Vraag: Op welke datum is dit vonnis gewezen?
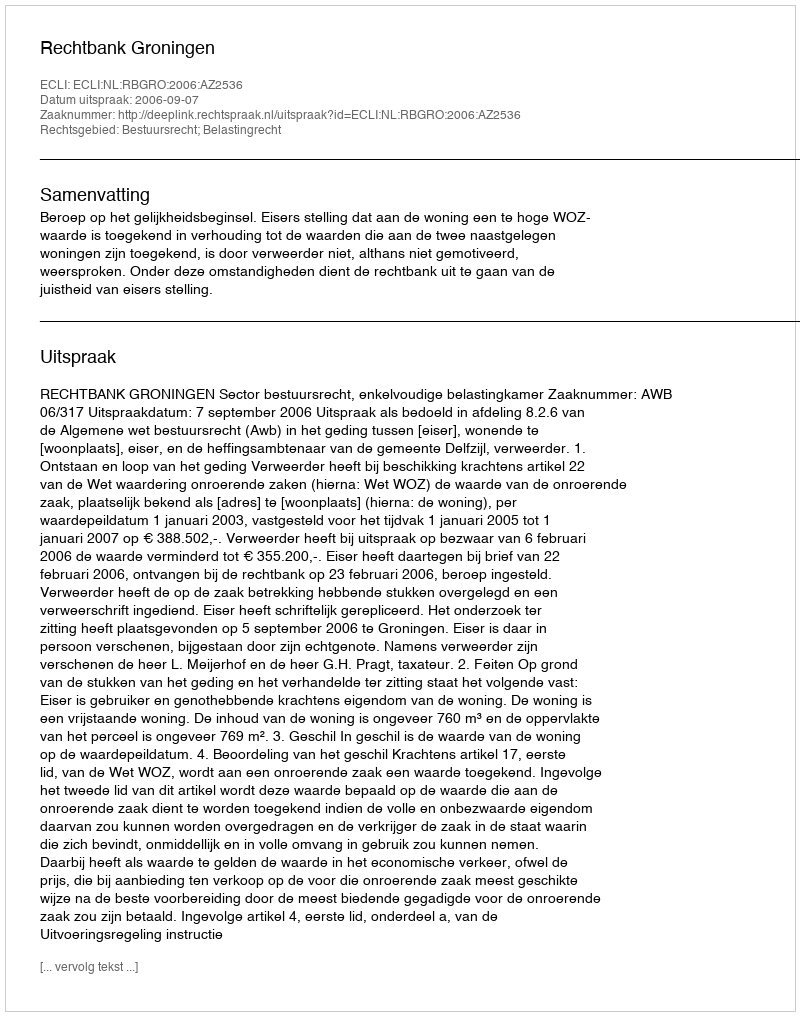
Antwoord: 2006-09-07